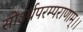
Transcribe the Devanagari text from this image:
सोऽर्थपरम्पराणाम्।।